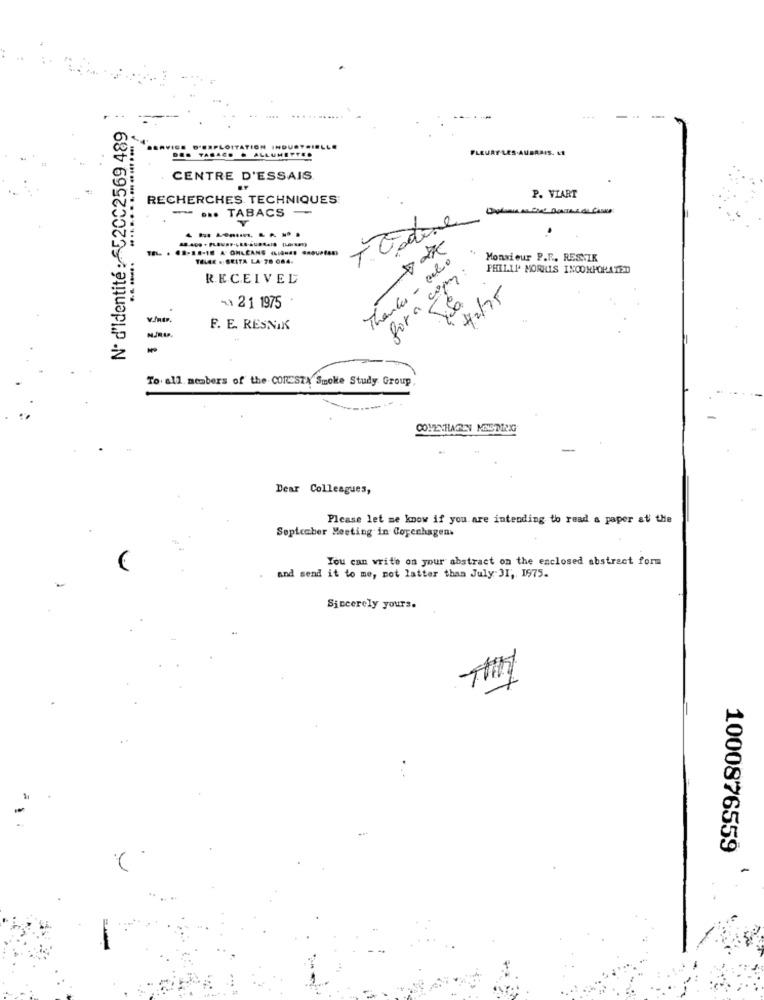
Nº d'identité : £520C2569 489
H INDU
FLEURY-LES-AUBRAIS. LE
· TABACO . ALLUMETTES
CENTRE D'ESSAIS.
RECHERCHES TECHNIQUES:
P. VIART
-... TABACS -
T. Estive
-------.
TELGE . SEITA LA 78 084.
Thanks - alvo
Monsieur P.F. RESNIK
for a cop:
PHILIP MORRIS INCORPORATED
RECEIVED
42/75
-1 21 1975
F. E. RESNIK
To all members of the CORESTX Smoke Study Group
-
Dear Colleagues,
Please let me know if you are intending to read a paper at the
September Meeting in Copenhagen.
You can write on your abstract on the enclosed abstract form
and send it to me, pot latter than July JI, 1975.
Sincerely yours.
1000876559